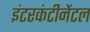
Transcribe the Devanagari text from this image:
इंटरकंटीनेंटल